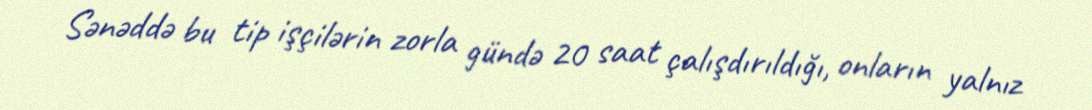
Sənəddə bu tip işçilərin zorla gündə 20 saat çalışdırıldığı, onların yalnız